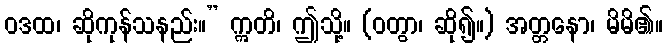
ဝဒထ၊ ဆိုကုန်သနည်း။” ဣတိ၊ ဤသို့။ (ဝတွာ၊ ဆို၍။) အတ္တနော၊ မိမိ၏။